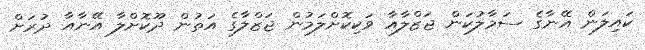
ކައިލަން އޭނާގެ ސަމާލުކަން ޖަޒްލާއާ ވަކިކޮށްލަމުން ޖަޒްލާގެ އަތުން ދޫކޮށްލާ އޭނާއާ ދުރަށް